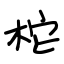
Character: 柁